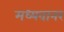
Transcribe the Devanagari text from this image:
मध्यवानर